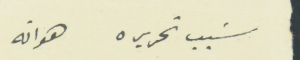
سَبب تحريره	هو انه